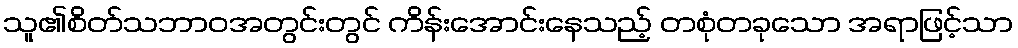
သူ၏စိတ်သဘာဝအတွင်းတွင် ကိန်းအောင်းနေသည့် တစုံတခုသော အရာဖြင့်သာ